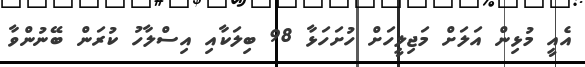
އެއީ މުޅިން އަލަށް މަޖިލީހަށް ހުށަހަޅާ 98 ބިލަކާއި އިސްލާހު ކުރަން ބޭނުންވާ